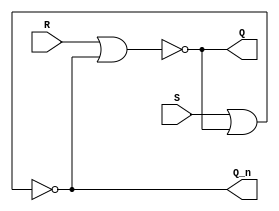
module sr_latch
(
   input wire S,
   input wire R,
   output wire Q,
   output wire Q_n
);

//NOR gates to assign Q and Q not
assign Q = ~(R | Q_n);
assign Q_n = ~(S | Q);

endmodule